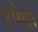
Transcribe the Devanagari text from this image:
एफेड्रा